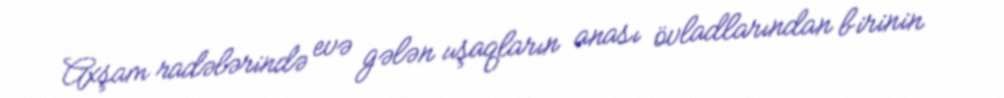
Axşam radələrində evə gələn uşaqların anası övladlarından birinin